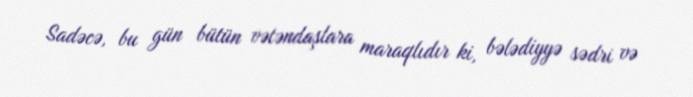
Sadəcə, bu gün bütün vətəndaşlara maraqlıdır ki, bələdiyyə sədri və